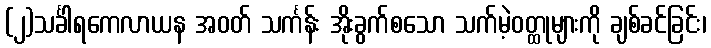
(၂)သင်္ခါရကေလာယန အဝတ် သင်္ကန်း အိုးခွက်စသော သက်မဲ့ဝတ္ထုများကို ချစ်ခင်ခြင်း၊